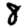
Digit: 8